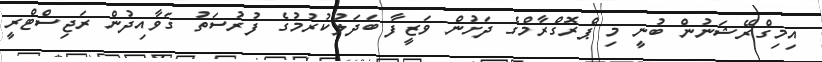
އިމިގްރޭޝަނުން ބުނީ މި ޕްރޮގްރާމްގެ ދަށުން ވަޒީފާ ބަދަލުކުރުމުގެ ފުރުސަަތު ގަވާއިދުން ރަޖިސްޓްރީ